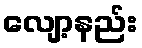
လျော့နည်း